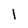
Character: l